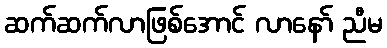
ဆက်ဆက်လာဖြစ်အောင် လာနော် ညီမ